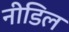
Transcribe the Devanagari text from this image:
नीडिल